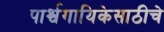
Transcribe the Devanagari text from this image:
पार्श्वगायिकेसाठीचे